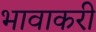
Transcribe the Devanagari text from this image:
भावाकरी